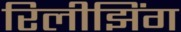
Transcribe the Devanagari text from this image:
रिलीझिंग